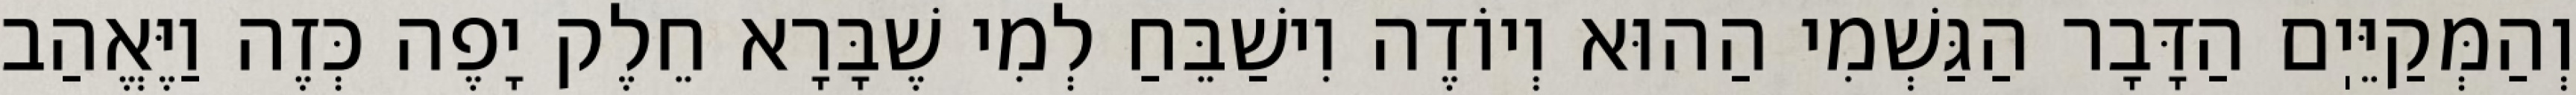
וְהַמְּקַיֵּיֽם הַדָּבָר הַגַּשְׁמִי הַהוּא וְיוֹדֶה וִישַׁבֵּחַ לְמִי שֶׁבָּרָא חֵלֶק יָפֶה כְּזֶה וַיֶּאֱהַב